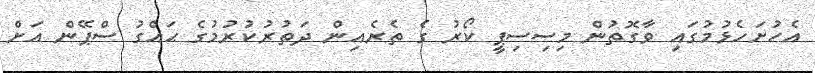
އެހުށަހެޅުމުގައި ވާގޮތުން މިސިސިޕީ ކޯރު ގެ ތެރެއިން ދަތުރުކުރުމުގެ ޙައްގު ސްޕޭން އަށް